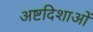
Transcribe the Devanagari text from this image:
अष्टदिशाओं